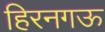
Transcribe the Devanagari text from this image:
हिरनगऊ